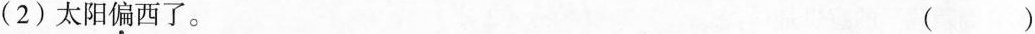
(2)太阳偏西了。 ()